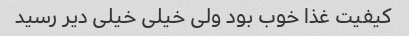
کیفیت غذا خوب بود ولی خیلی خیلی دیر رسید